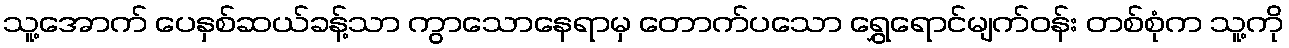
သူ့အောက် ပေနှစ်ဆယ်ခန့်သာ ကွာသောနေရာမှ တောက်ပသော ရွှေရောင်မျက်ဝန်း တစ်စုံက သူ့ကို